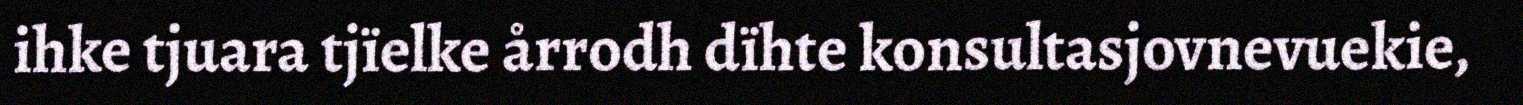
ihke tjuara tjïelke årrodh dïhte konsultasjovnevuekie,